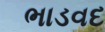
ભાડવદ